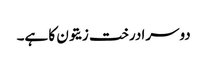
دوسرا درخت زیتون کا ہے۔